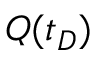
Q ( t _ { D } )